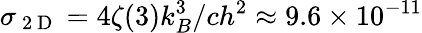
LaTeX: \sigma_{\mathrm{~2~D~}}=4\zeta(3)k_{B}^{3}/ch^{2}\approx 9.6\times 10^{-11}